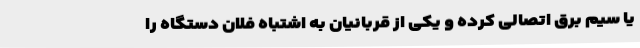
یا سیم برق اتصالی کرده و یکی از قربانیان به اشتباه فلان دستگاه را